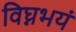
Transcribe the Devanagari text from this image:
विघ्नभयं